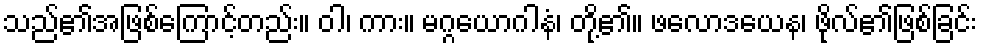
သည်၏အဖြစ်ကြောင့်တည်း။ ဝါ၊ ကား။ မဂ္ဂယောဂါနံ၊ တို့၏။ ဖလောဒယေန၊ ဖိုလ်၏ဖြစ်ခြင်း